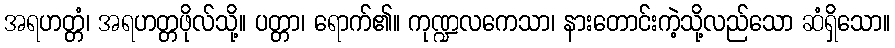
အရဟတ္တံ၊ အရဟတ္တဖိုလ်သို့။ ပတ္တာ၊ ရောက်၏။ ကုဏ္ဍလကေသာ၊ နားတောင်းကဲ့သို့လည်သော ဆံရှိသော။